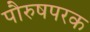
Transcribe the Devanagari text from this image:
पौरुषपरक